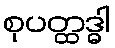
စုပတ္ထဒ္ဓါ